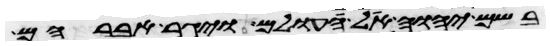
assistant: בשם יהוה אל עולם ויגר אברהם